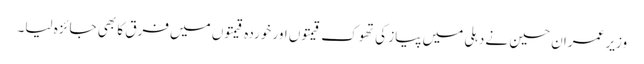
وزیر عمران حسین نے دہلی میں پیاز کی تھوک قیمتوں اور خوردہ قیمتوں میں فرق کا بھی جائزہ لیا۔